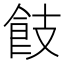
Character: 𩚡